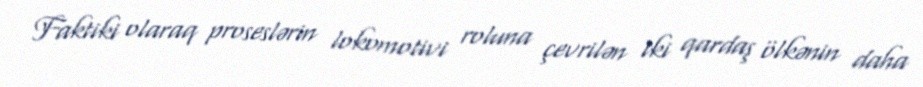
Faktiki olaraq proseslərin lokomotivi roluna çevrilən iki qardaş ölkənin daha